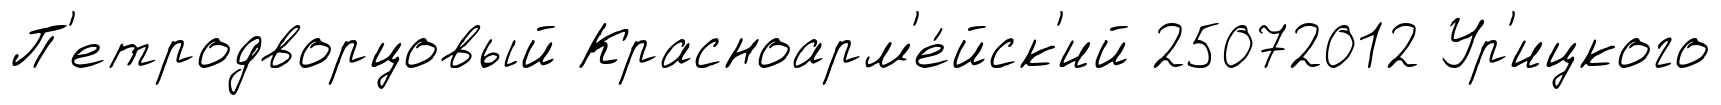
П'етродворцовый Красноарм'е́йск'ий 25072012 Ур'ицкого